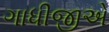
ગાધીજીએ